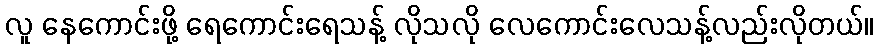
လူ နေကောင်းဖို့ ရေကောင်းရေသန့် လိုသလို လေကောင်းလေသန့်လည်းလိုတယ်။